Indian journal of veterinary science and animal husbandry - Volumes 22-23, 1952-1953
Year: 1952
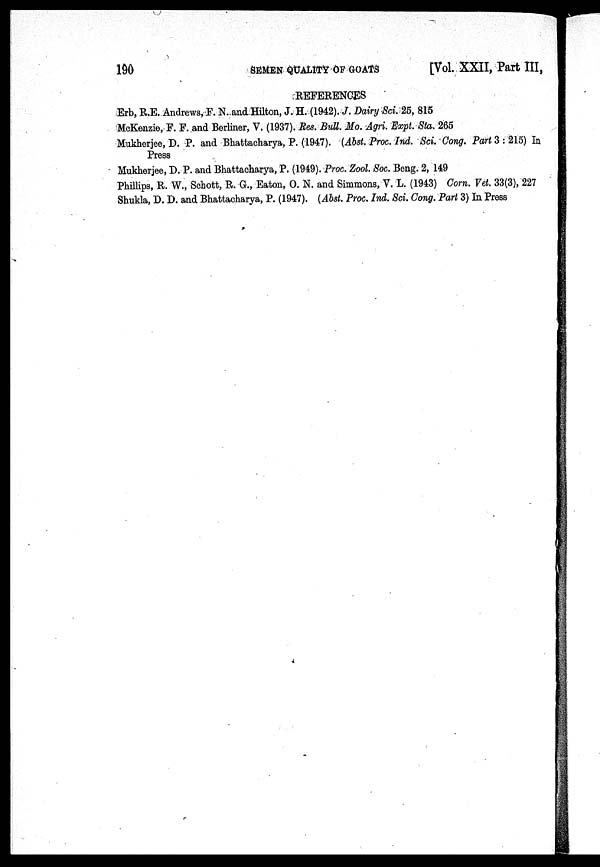
190
SEMEN QUALITY OF GOATS
[Vol. XXII, Part III,
REFERENCES
Erb, R.E. Andrews, F. N. and Hilton, J. H. (1942). J. Dairy Sci. 25, 815
McKenzie, F. F. and Berliner, V. (1937). Res. Bull Mo. Agri. Expt. Sta. 265
Mukherjee, D. P. and Bhattacharya, P. (1947). (Abst. Proc. Ind. Sci. Gong. Part 3 : 215) In
Press
Mukherjee, D. P. and Bhattacharya, P. (1949). Proc. Zool. Soc. Beng. 2, 149
Phillips, R. W., Schott, R. G., Eaton, 0. N. and Simmons, V. L. (1943) Corn. Vet. 33(3), 227
Shukla, D. D. and Bhattacharya, P. (1947). (Abst. Proc. Ind. Sci. Cong. Part 3) In Press